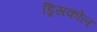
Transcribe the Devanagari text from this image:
ड्रिसकोल